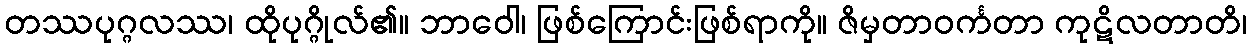
တဿပုဂ္ဂလဿ၊ ထိုပုဂ္ဂိုလ်၏။ ဘာဝေါ၊ ဖြစ်ကြောင်းဖြစ်ရာကို။ ဇိမှတာဝင်္ကတာ ကုဋိလတာတိ၊